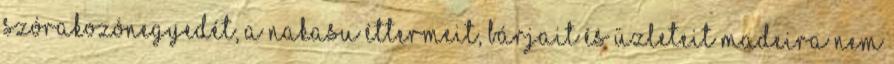
szórakozónegyedét, a Nakasu éttermeit, bárjait és üzleteit Madeira nem